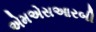
એમએસઆરબી